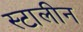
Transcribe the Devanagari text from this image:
स्टालीन